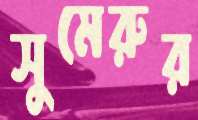
সুমেরুর